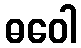
ဓဝေါ